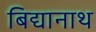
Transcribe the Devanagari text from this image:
बिद्यानाथ